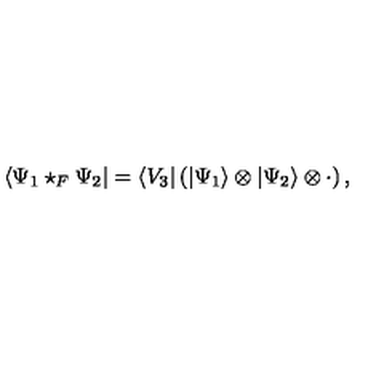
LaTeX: \langle \Psi _ { 1 } \star _ { F } \Psi _ { 2 } | = \langle V _ { 3 } | \left( | \Psi _ { 1 } \rangle \otimes | \Psi _ { 2 } \rangle \otimes \cdot \right) ,